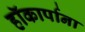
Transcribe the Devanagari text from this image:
हॉकार्पाना